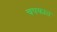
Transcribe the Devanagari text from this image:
चषकात